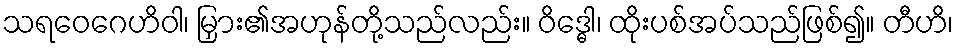
သရဝေဂေဟိဝါ၊ မြှား၏အဟုန်တို့သည်လည်း။ ဝိဒ္ဓေါ၊ ထိုးပစ်အပ်သည်ဖြစ်၍။ တီဟိ၊